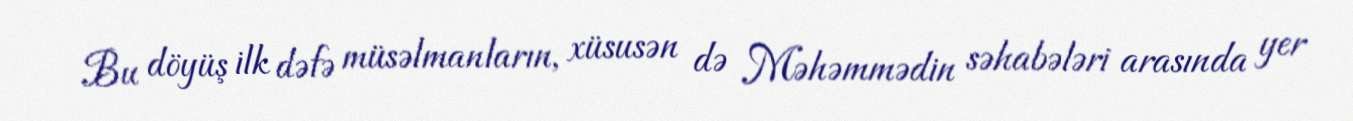
Bu döyüş ilk dəfə müsəlmanların, xüsusən də Məhəmmədin səhabələri arasında yer